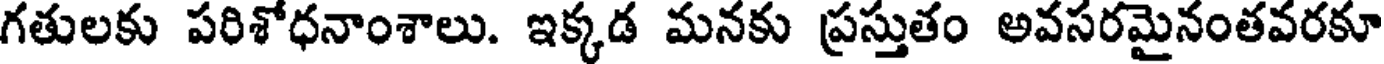
గతులకు పరిశోధనాంశాలు. ఇక్కడ మనకు ప్రస్తుతం అవసరమైనంతవరకూ